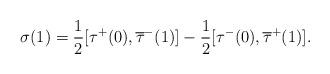
LaTeX: \begin{align*}\sigma(1)=\frac{1}{2}[\tau^{+}(0), \overline{\tau}^{-}(1)]-\frac{1}{2}[\tau^{-}(0), \overline{\tau}^{+}(1)].\end{align*}